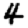
Digit: 4